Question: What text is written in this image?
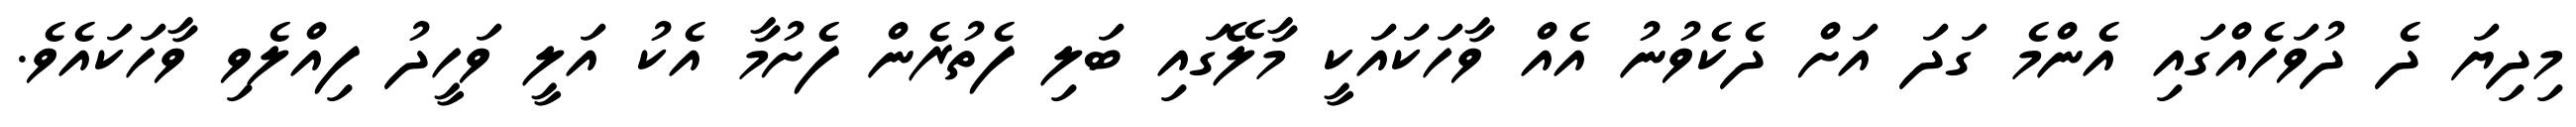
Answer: މިދިޔަ ދެ ދުވަހެއްގައި އެންމެ ގަދަ އަށް ދެކެވުނު އެއް ވާހަކައަކީ މާލޭގައި ބަލި ފެތުރެން ފެށުމާ އެކު އަލީ ވަހީދު ފިއްލެވި ވާހަކައެވެ.